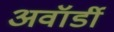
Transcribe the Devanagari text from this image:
अवॉर्डी